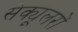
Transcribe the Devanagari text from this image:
सेक्यूलरों